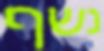
נשף